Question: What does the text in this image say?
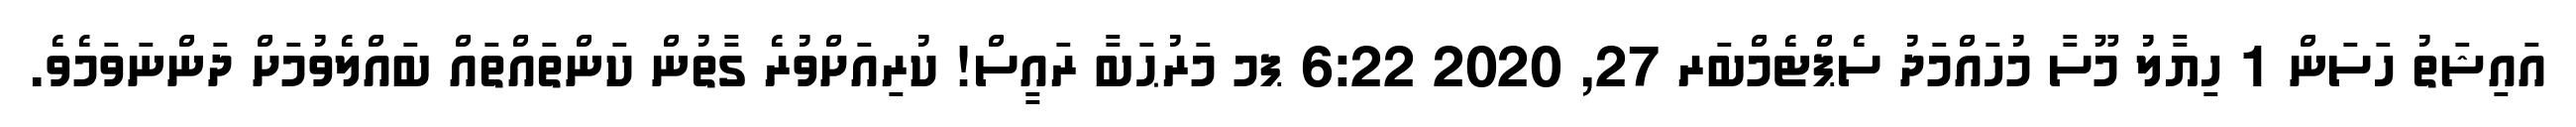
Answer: އައިޝަތު ހަސަން 1 ހިޔާލު މޫސާ މުހައްމަދު ސެޕްޓެމްބަރ 27, 2020 6:22 ޕމ މަރުޙަބާ ރައީސް! ކުރިއަށްވުރެ ގާތުން ކަންތައްތައް ބައްލެވުމަށް ދަންނަވަމެވެ.